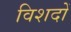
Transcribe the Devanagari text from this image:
विशदों